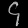
Digit: ၄